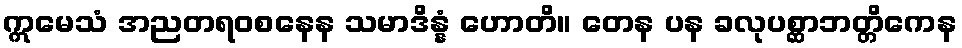
ဣမေသံ အညတရဝစနေန သမာဒိန္နံ ဟောတိ။ တေန ပန ခလုပစ္ဆာဘတ္တိကေန